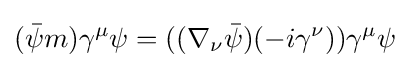
({\bar {\psi }}m)\gamma ^{\mu }\psi =((\nabla _{\nu }{\bar {\psi }})(-i\gamma ^{\nu }))\gamma ^{\mu }\psi